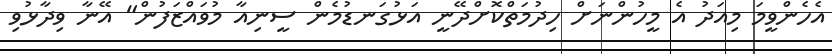
އެހެންވީމަ މިއަދު އެ މީހުންނަށް ހިދުމަތްކޮށްދޭނީ އަޅުގަނޑުމެން ސީނިއާ މުވައްޒަފުން" އޭނާ ވިދާޅުވި